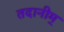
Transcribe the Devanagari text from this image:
तदानीम्